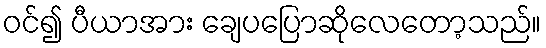
ဝင်၍ ပီယာအား ချေပပြောဆိုလေတော့သည်။